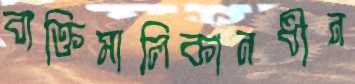
ব্যক্তিমালিকানধীন